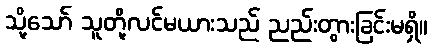
သို့သော် သူတို့လင်မယားသည် ညည်းတွားခြင်းမရှိ။